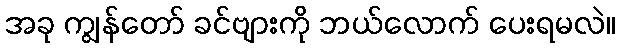
အခု ကျွန်တော် ခင်ဗျားကို ဘယ်လောက် ပေးရမလဲ။